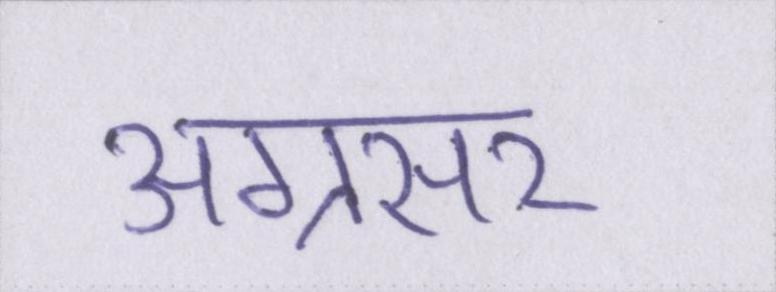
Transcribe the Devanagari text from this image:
अग्रसर